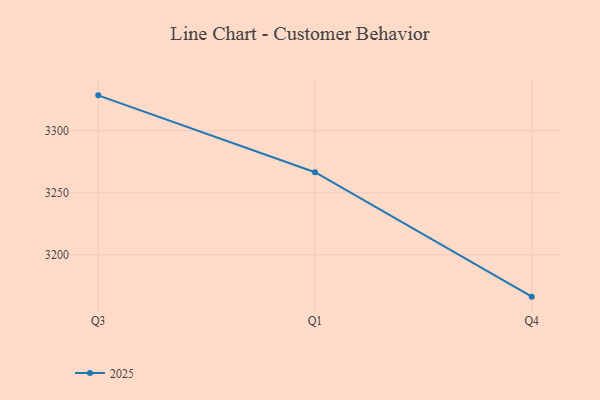
{"axis": {"x": "Quarter", "y": "Tickets Resolved"}, "legend": ["2025"], "data": [{"x": "Q3", "y": 3328.5, "type": "2025"}, {"x": "Q1", "y": 3266.5, "type": "2025"}, {"x": "Q4", "y": 3166.2, "type": "2025"}]}